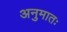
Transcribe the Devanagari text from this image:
अनुमातः